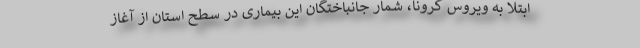
ابتلا به ویروس کرونا، شمار جانباختگان این بیماری در سطح استان از آغاز